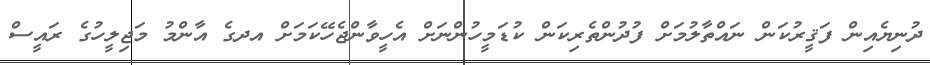
ދުނިޔެއިން ފަޤީރުކަން ނައްތާލުމަށް ފުދުންތެރިކަން ކުޑަމީހުންނަށް އެހީވާންޖެހޭކަމަށް އދގެ އާންމު މަޖިލީހުގެ ރައީސް